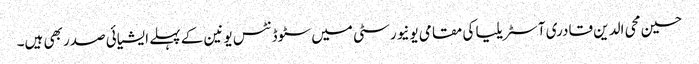
حسین محی الدین قادری آسٹریلیا کی مقامی یونیورسٹی میں سٹوڈنٹس یونین کے پہلے ایشیائی صدر بھی ہیں۔